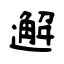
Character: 邂